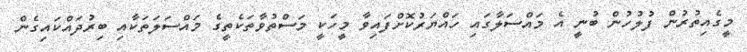
މީގެއިތުރުން ފުލުހުން ބުނީ އެ މައްސަލާގައި ހައްޔަރުކޮށްފައިވާ މީހަކީ މަސްތުވާތަކެތީގެ މައްސަލަތަކާއި ބިރުދައްކައިގެން